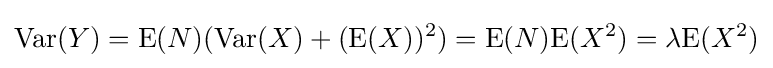
\operatorname {Var} (Y)=\operatorname {E} (N)(\operatorname {Var} (X)+(\operatorname {E} (X))^{2})=\operatorname {E} (N){\operatorname {E} (X^{2})}=\lambda {\operatorname {E} (X^{2})}